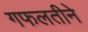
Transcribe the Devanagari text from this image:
गफलतीने